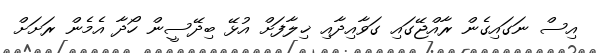
އިސް ނަގައިގެން ރާއްޖޭގައި ގަވާއިދާއި ޚިލާފަށް އުޅޭ ބިދޭސީން ހޯދާ އެމެން ރަށަށް